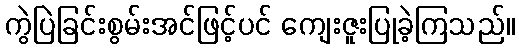
ကွဲပြဲခြင်းစွမ်းအင်ဖြင့်ပင် ကျေးဇူးပြုခဲ့ကြသည်။